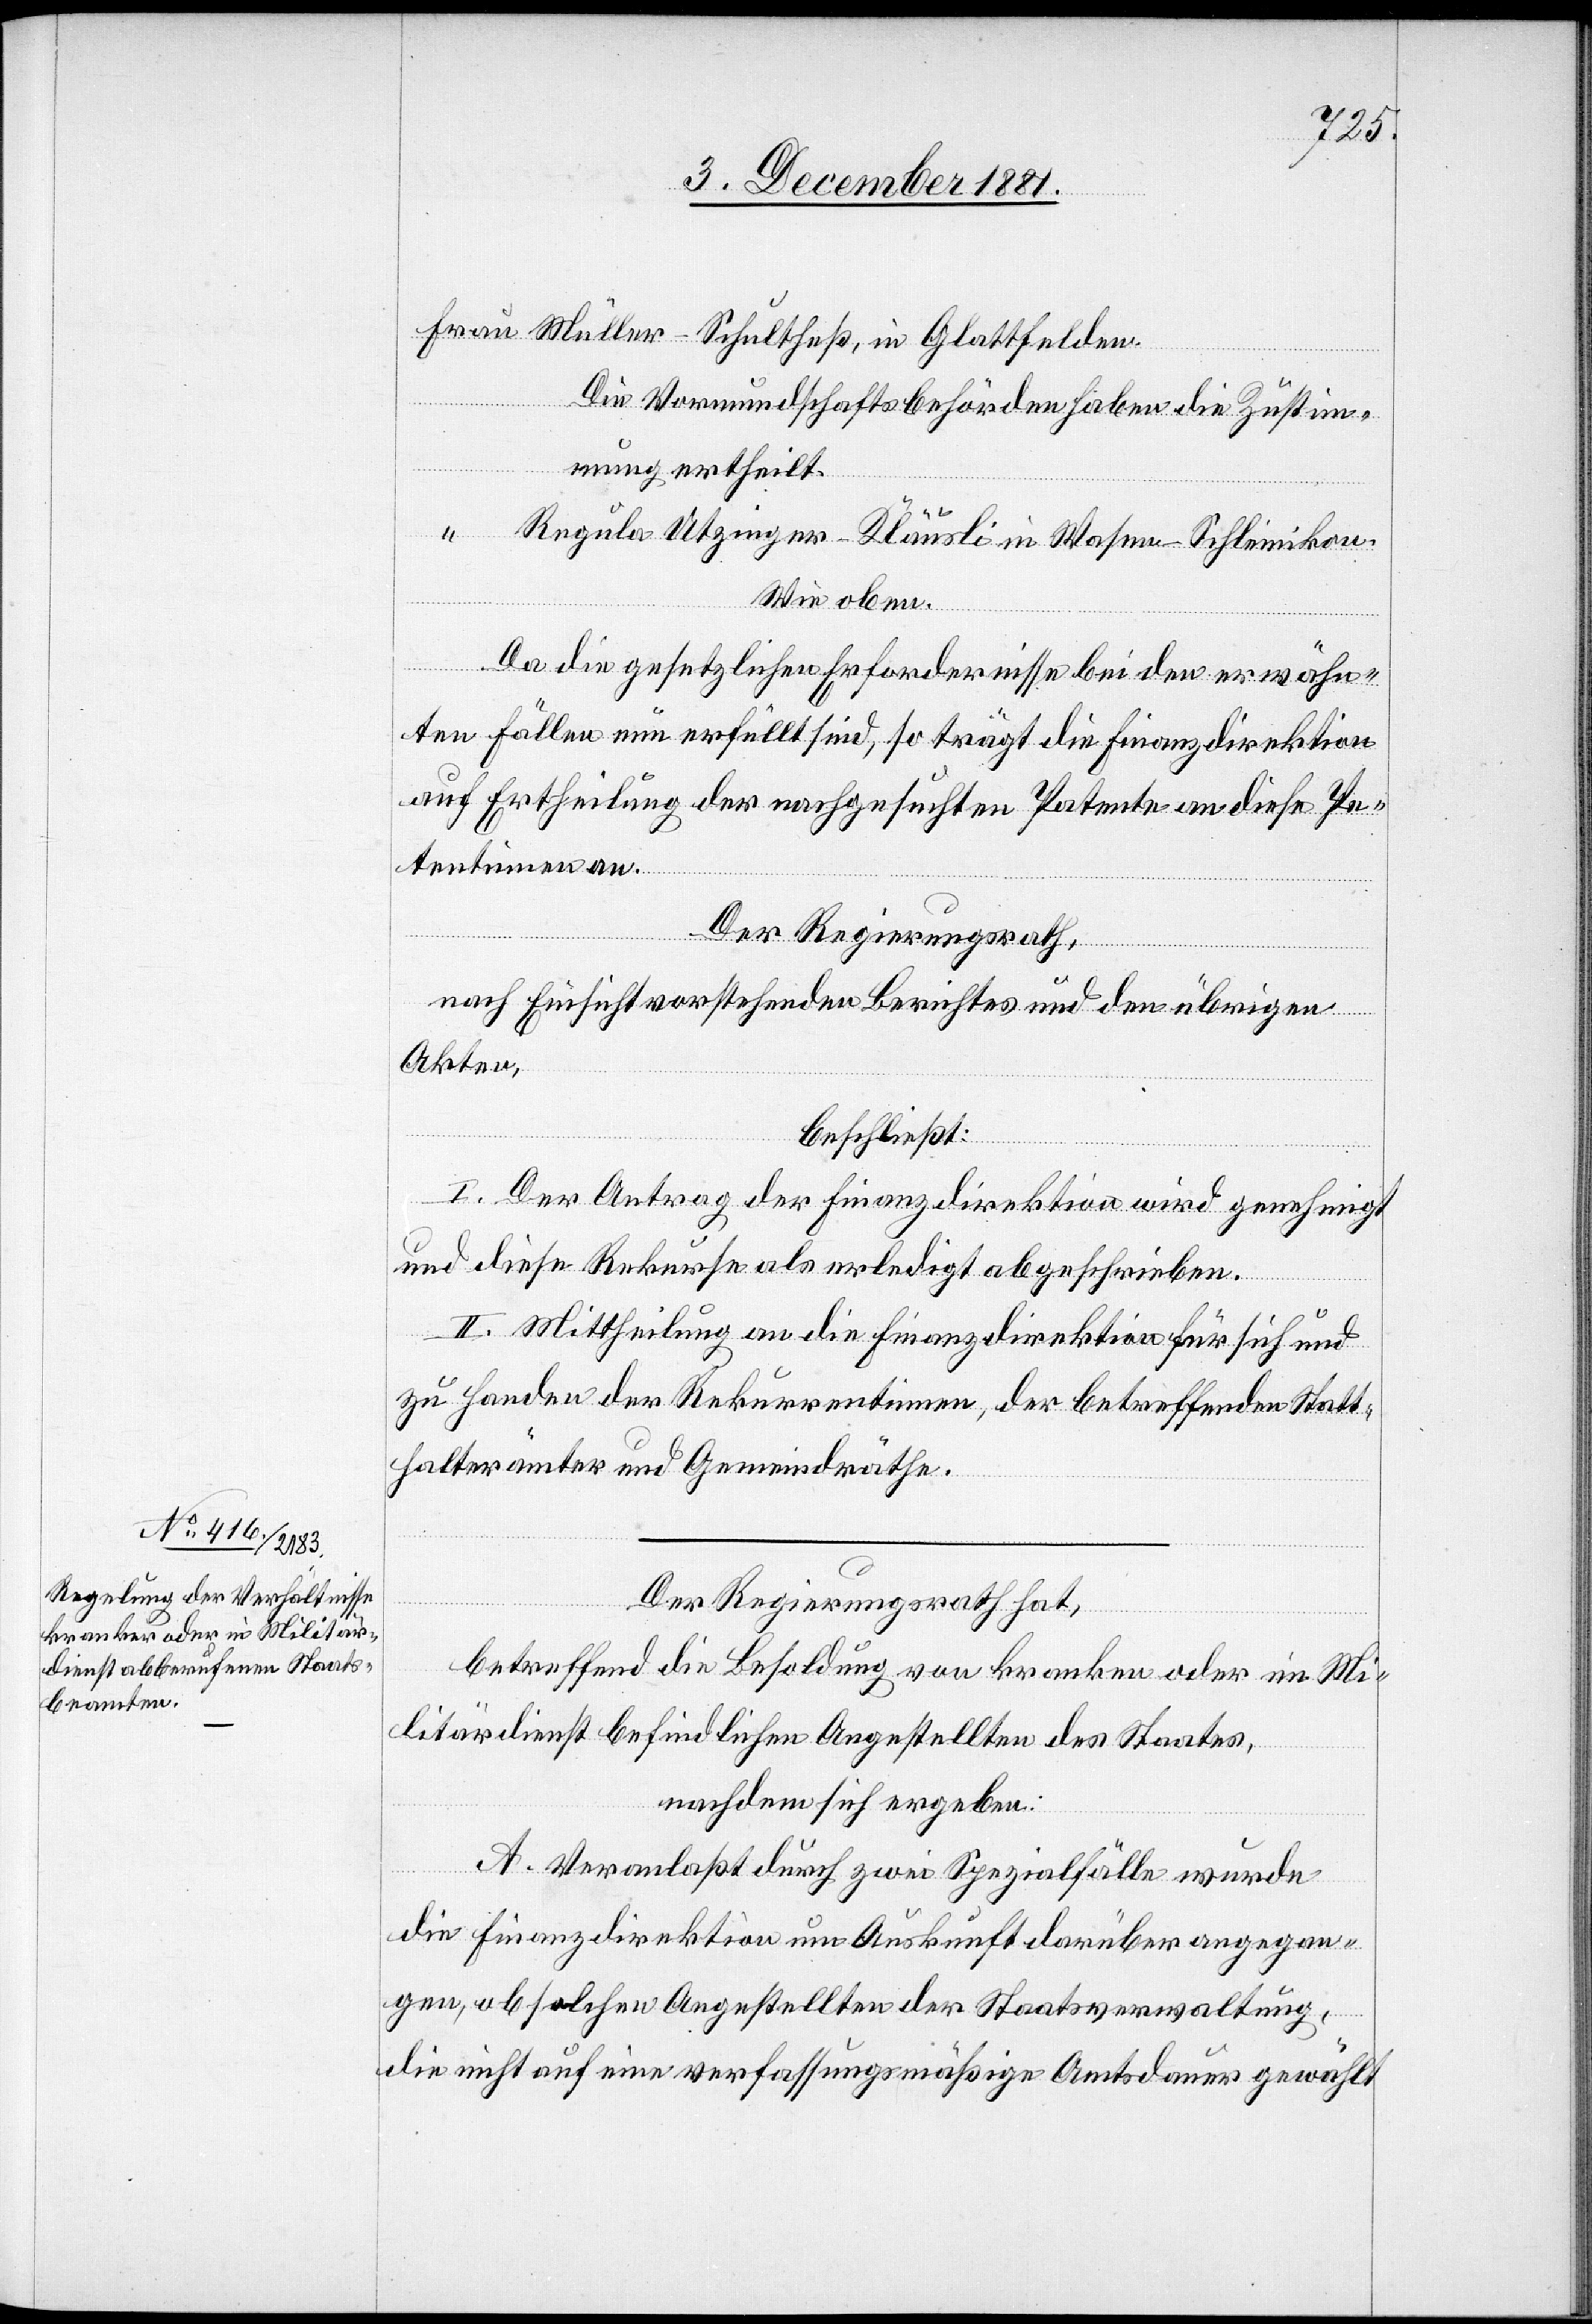
Müller-Schultheß, in Glattfelden.
Die Vormundschaftsbehörden haben die Zustim¬
mung ertheilt.
Regula Utzinger-Kläusli in Wasen-Schleinikon.
Wie oben.
Da die gesetzlichen Erfordernisse bei den erwähn¬
ten Fällen nun erfüllt sind, so trägt die Finanzdirektion
auf Ertheilung der nachgesuchten Patente an diese Pe¬
tentinnen an.
Der Regierungsrath,
nach Einsicht vorstehenden Berichtes und den übrigen
Akten,
beschließt:
I. Der Antrag der Finanzdirektion wird genehmigt
und diese Rekurse als erledigt abgeschrieben.
II. Mittheilung an die Finanzdirektion für sich und
zu Handen der Rekurrentinnen, der betreffenden Statt¬
halterämter und Gemeindräthe.
Der Regierungsrath hat,
Frau
betreffend die Besoldung von kranken oder im Mi¬
litärdienst befindlichen Angestellten des Staates,
nachdem sich ergeben:
A. Veranlaßt durch zwei Spezialfälle wurde
die Finanzdirektion um Auskunft darüber angegan¬
gen, ob solchen Angestellten der Staatsverwaltung,
die nicht auf eine verfassungsmäßige Amtsdauer gewählt